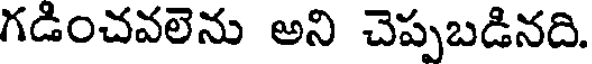
గడించవలెను అని చెప్పబడినది.